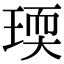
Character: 瑌